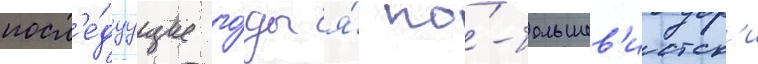
посл'е́дуущие го́ды я́ по́-большев'истск'и